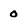
Character: 0